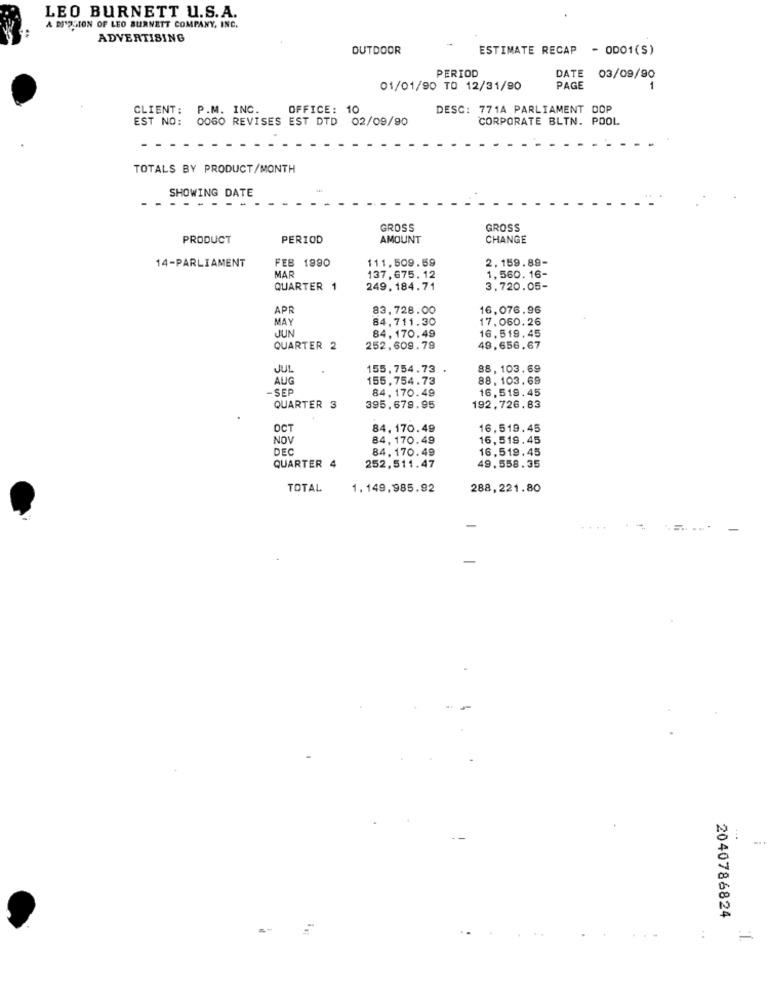
LEO BURNETT U.S.A.
A DI'SSION OF LEO BURNETT COMPANY, INC.
ADVERTISING
OUTDOOR
ESTIMATE RECAP - OD01(S)
PERIOD
DATE
03/09/90
01/01/90 TO 12/31/90
PAGE
1
CLIENT:
P.M. INC.
OFFICE: 10
DESC: 771A PARLIAMENT DOP
EST NO: 0060 REVISES EST DTD 02/09/90
CORPORATE BLTN. POOL
TOTALS BY PRODUCT/MONTH
SHOWING DATE
-- - - - -
GROSS
GROSS
PRODUCT
PERIOD
AMOUNT
CHANGE
14-PARLIAMENT
FEB 1990
$11.509.59
2.159.89-
MAR
137,675. 12
1,560. 16-
QUARTER 1
249.184.71
3,720.05-
APR
83,728.00
16,076.96
MAY
84,711.30
17.060.26
JUN
84,170.49
16,519.45
QUARTER 2
252,609.79
49,656.67
JUL
155,754.73
88,103.69
AUG
155,754.73
88. 103.69
- SEP
84, 170.49
16,519.45
QUARTER 3
395,679.95
192.726.83
OCT
84. 170.49
16,519.45
NOV
84,170.49
16,519.45
DEC
84. 170.49
16,519.45
QUARTER 4
252,511.47
49.558.35
TOTAL
1.149,985.92
288,221.80
-
2040786824